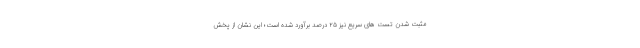
مثبت شدن تست های سریع نیز ۲۵ درصد برآورد شده است؛ این نشان از پخش